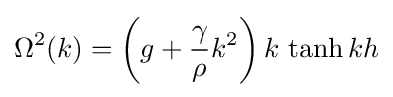
\Omega ^{2}(k)=\left(g+{\frac {\gamma }{\rho }}k^{2}\right)k\,\tanh kh